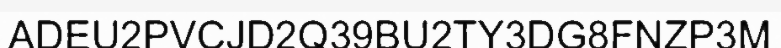
ADEU2PVCJD2Q39BU2TY3DG8FNZP3M